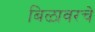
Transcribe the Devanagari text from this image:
बिळावरचे